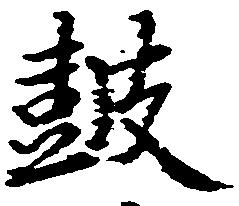
鼓